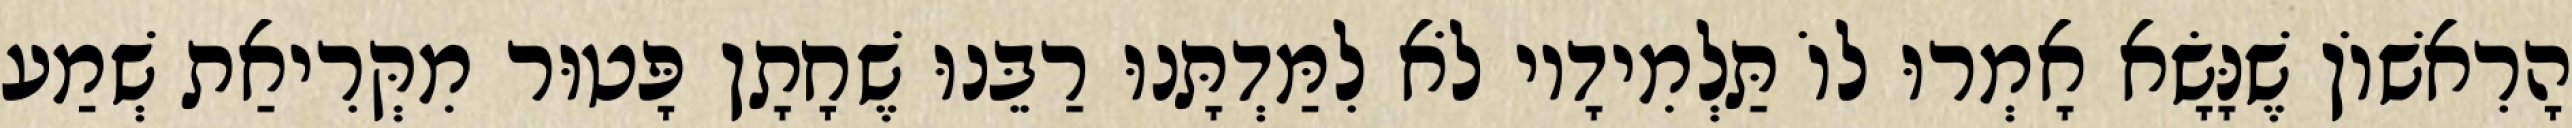
הָרִאשׁוֹן שֶׁנָּשָׂא אָמְרוּ לוֹ תַּלְמִידָיו לֹא לִמַּדְתָּנוּ רַבֵּנוּ שֶׁחָתָן פָּטוּר מִקְּרִיאַת שְׁמַע